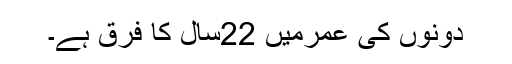
دونوں کی عمرمیں 22سال کا فرق ہے۔